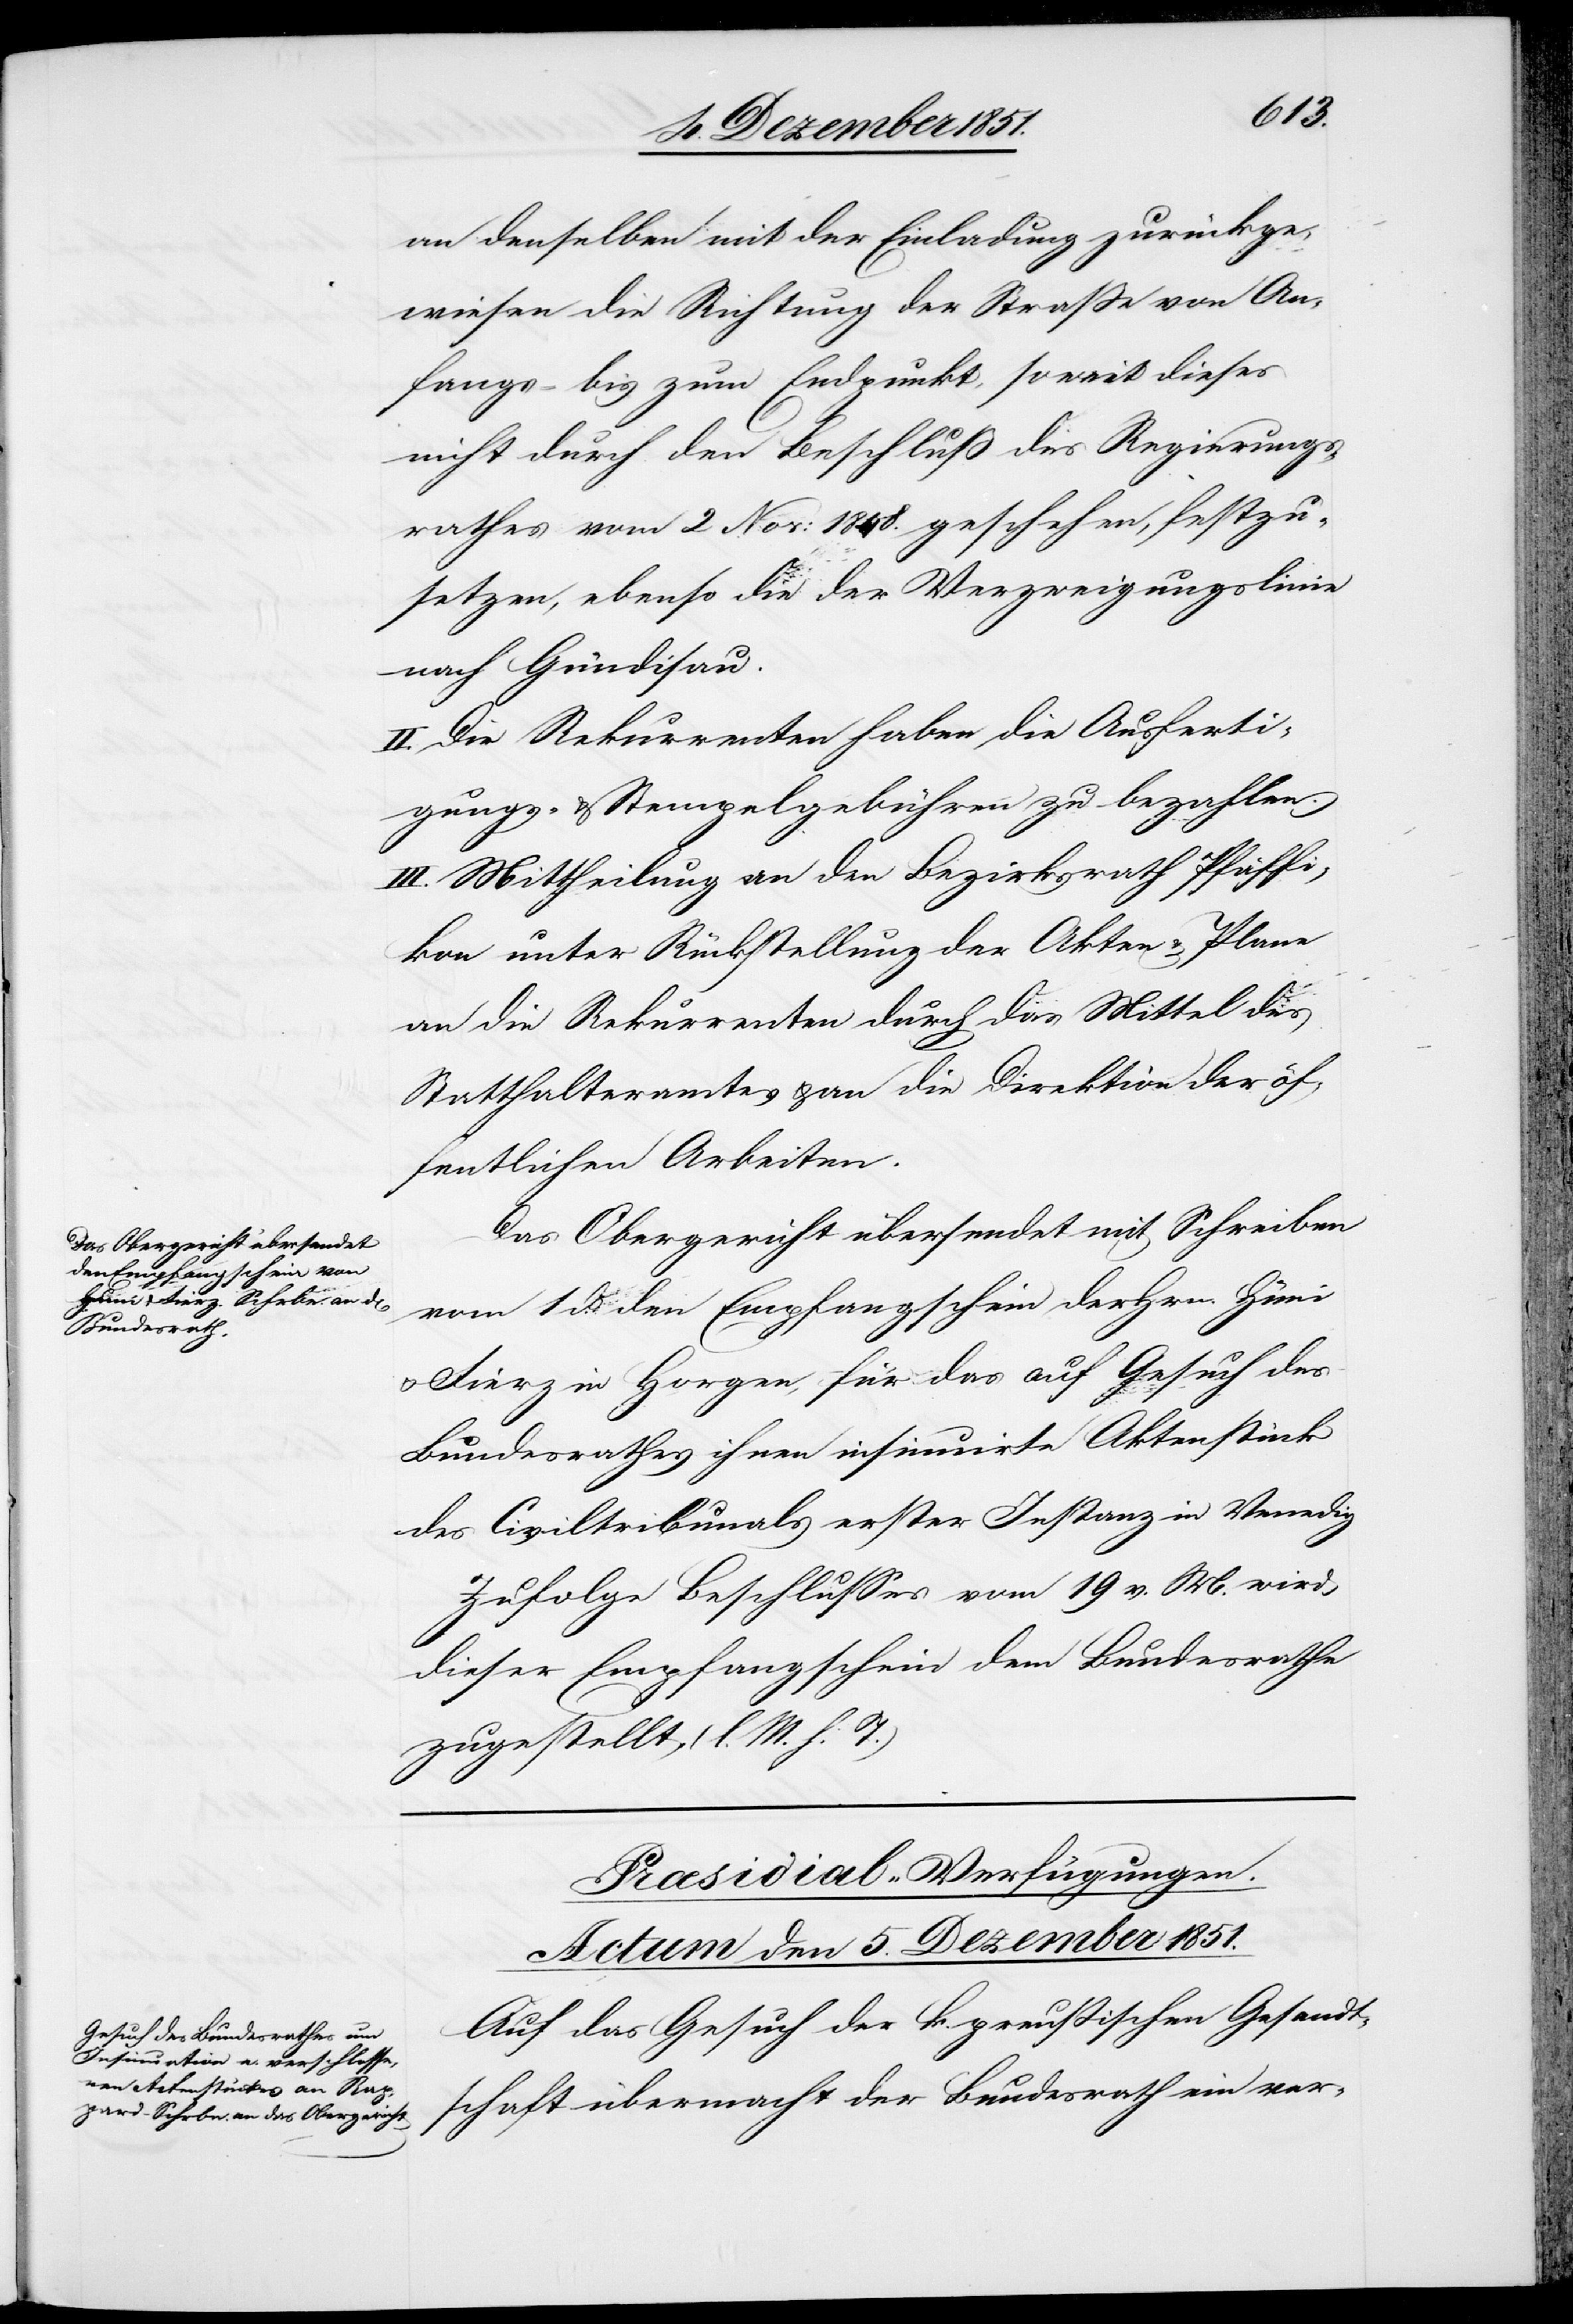
an denselben mit der Einladung zurückge¬
wiesen die Richtung der Straße von An¬
fangs- bis zum Endpunkt, soweit dieses
nicht durch den Beschluß des Regierungs¬
rathes vom 2 Nov: 1848. geschehen, festzu¬
setzen, ebenso die der Verzweigungslinie
nach Gündisau.
II. Die Rekurrenten haben die Ausferti¬
gungs- & Stempelgebühren zu bezahlen.
III. Mittheilung an den Bezirksrath Pfäffi¬
kon unter Rückstellung der Akten & Plane[,]
an die Rekurrenten durch das Mittel des
Statthalteramtes & an die Direktion der öf¬
fentlichen Arbeiten.
Das Obergericht übersendet mit Schreiben
vom 1 d. den Empfangschein der Hrn. Hüni
& Fierz in Horgen, für das auf Gesuch des
Bundesrathes ihnen insinuirte Aktenstück
des Civiltribunals erster Instanz in Venedig
Zufolge Beschlusses vom 19 v. M. wird
dieser Empfangschein dem Bundesrathe
zugestellt, (l. M. h. T.)
Præsidial-Verfügungen.
Actum den 5. Dezember 1851.
Auf das Gesuch der k. preußischen Gesandt¬
schaft übermacht der Bundesrath ein ver-